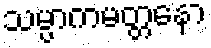
သမ္ပာကမတ္တနော